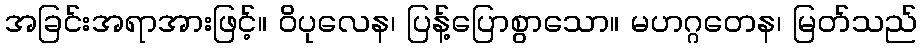
အခြင်းအရာအားဖြင့်။ ဝိပုလေန၊ ပြန့်ပြောစွာသော။ မဟဂ္ဂတေန၊ မြတ်သည်